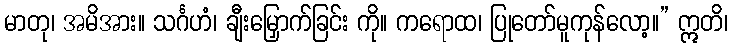
မာတု၊ အမိအား။ သင်္ဂဟံ၊ ချီးမြှောက်ခြင်း ကို။ ကရောထ၊ ပြုတော်မူကုန်လော့။” ဣတိ၊